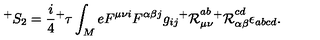
^ { + } S _ { 2 } = \frac { i } { 4 } { ^ + \tau } \int _ { M } e F ^ { \mu \nu i } F ^ { \alpha \beta j } g _ { i j } { ^ + { \cal R } } _ { \mu \nu } ^ { a b } { ^ + { \cal R } } _ { \alpha \beta } ^ { c d } \epsilon _ { a b c d } .